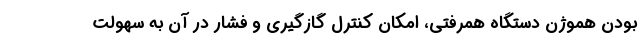
بودن هموژن دستگاه همرفتی، امکان کنترل گازگیری و فشار در آن به سهولت